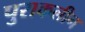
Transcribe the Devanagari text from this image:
पुराकलीन